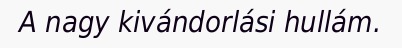
A nagy kivándorlási hullám.